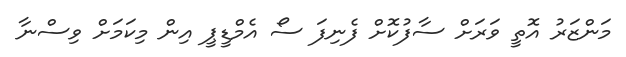
މަންޒަރު އޮތީ ވަރަށް ސާފުކޮށް ފެނިފަ ސޯ އެމްޑީޕީ އިން މިކަމަށް ވިސްނާ